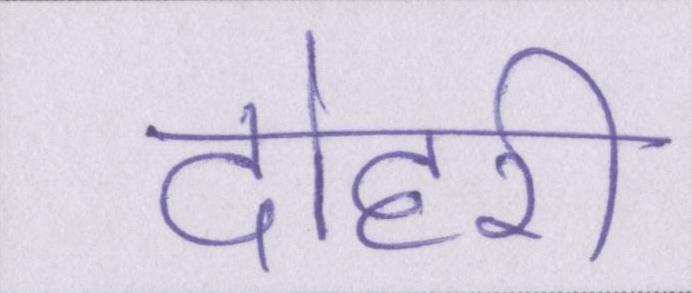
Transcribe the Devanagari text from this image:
दोहरी